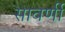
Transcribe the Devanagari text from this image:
सावर्णी